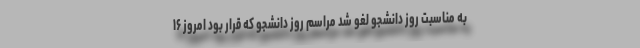
به مناسبت روز دانشجو لغو شد مراسم روز دانشجو که قرار بود امروز ۱۶